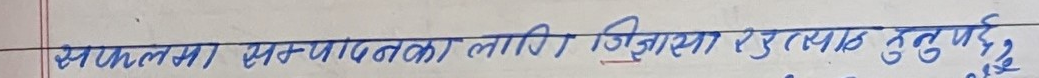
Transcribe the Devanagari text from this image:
सफलता सम्पादनका लागि जिज्ञासा राख्नु पर्छ